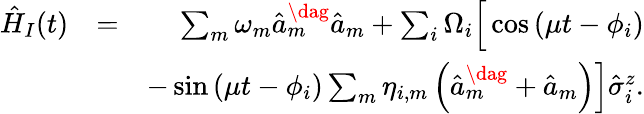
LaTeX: \begin{array}{rlr}{\hat{H}_{I}(t)}&{=}&{\sum_{m}\omega_{m}\hat{a}_{m}^{\dag}\hat{a}_{m}+\sum_{i}\Omega_{i}\Big[\cos\left(\mu t-\phi_{i}\right)}\\ &{}&{-\sin\left(\mu t-\phi_{i}\right)\sum_{m}\eta_{i,m}\left(\hat{a}_{m}^{\dag}+\hat{a}_{m}\right)\Big]\hat{\sigma}_{i}^{z}.}\end{array}